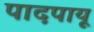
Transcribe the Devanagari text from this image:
पादपायू